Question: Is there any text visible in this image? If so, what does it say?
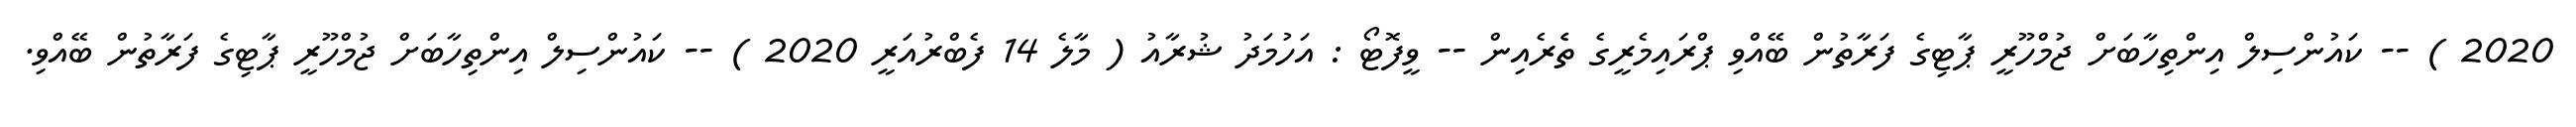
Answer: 2020 ) -- ކައުންސިލް އިންތިހާބަށް ޖުމްހޫރީ ޕާޓިގެ ފަރާތުން ބޭއްވި ޕްރައިމެރީގެ ތެެރެއިން -- ވީފޮޓޯ : އަހުމަދު ޝުރާއު ( މާލެ 14 ފެބްރުއަރީ 2020 ) -- ކައުންސިލް އިންތިހާބަށް ޖުމްހޫރީ ޕާޓިގެ ފަރާތުން ބޭއްވި.